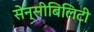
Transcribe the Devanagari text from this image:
सेन्सीबिलिटी